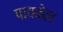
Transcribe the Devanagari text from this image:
पायकेल